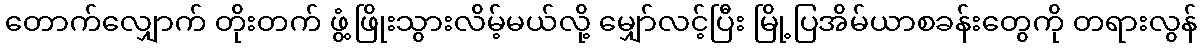
တောက်လျှောက် တိုးတက် ဖွံ့ဖြိုးသွားလိမ့်မယ်လို့ မျှော်လင့်ပြီး မြို့ပြအိမ်ယာစခန်းတွေကို တရားလွန်